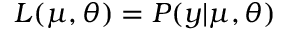
L ( \boldsymbol { \mu } , \boldsymbol { \theta } ) = P ( \boldsymbol { y } | \boldsymbol { \mu } , \boldsymbol { \theta } )